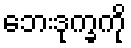
ဘေးဒုက္ခကို